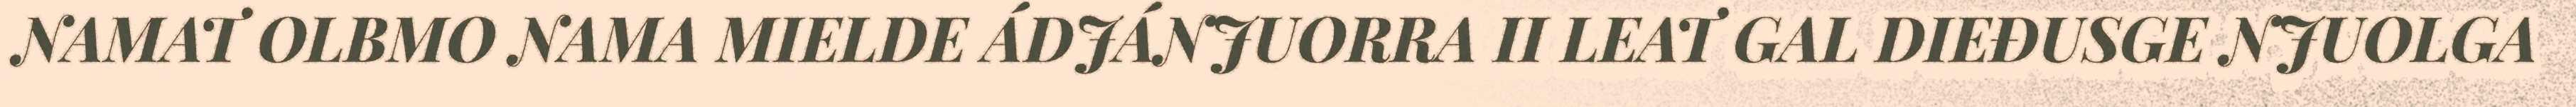
NAMAT OLBMO NAMA MIELDE ÁDJÁNJUORRA II LEAT GAL DIEĐUSGE NJUOLGA